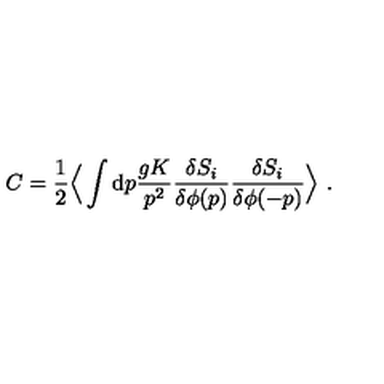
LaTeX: C = { \frac { 1 } { 2 } } \Big \langle \int \mathrm { d } p { \frac { g K } { p ^ { 2 } } } { \frac { \delta S _ { i } } { \delta \phi ( p ) } } { \frac { \delta S _ { i } } { \delta \phi ( - p ) } } \Big \rangle \ .